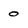
Character: 0